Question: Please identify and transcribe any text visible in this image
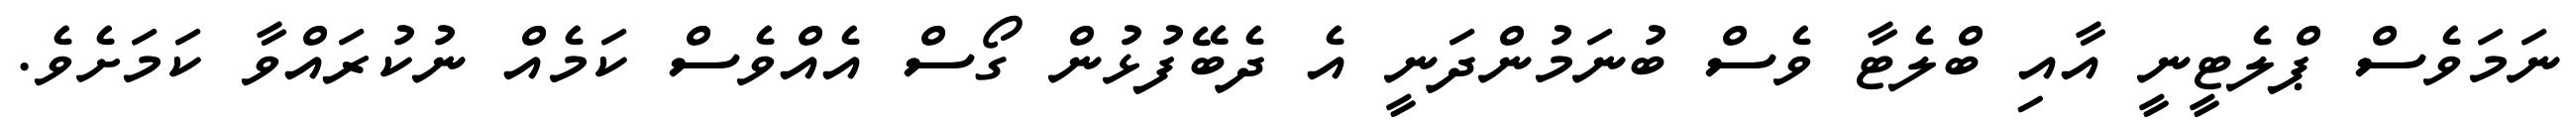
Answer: ނަމަވެސް ޕްލެޓީނީ އާއި ބްލެޓާ ވެސް ބުނަމުންދަނީ އެ ދެބޭފުޅުން ގޯސް އެއްވެސް ކަމެއް ނުކުރައްވާ ކަމަށެވެ.